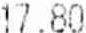
17.80